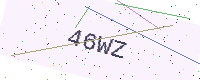
Text: 46WZ